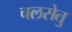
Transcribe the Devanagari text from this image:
चलसेतु